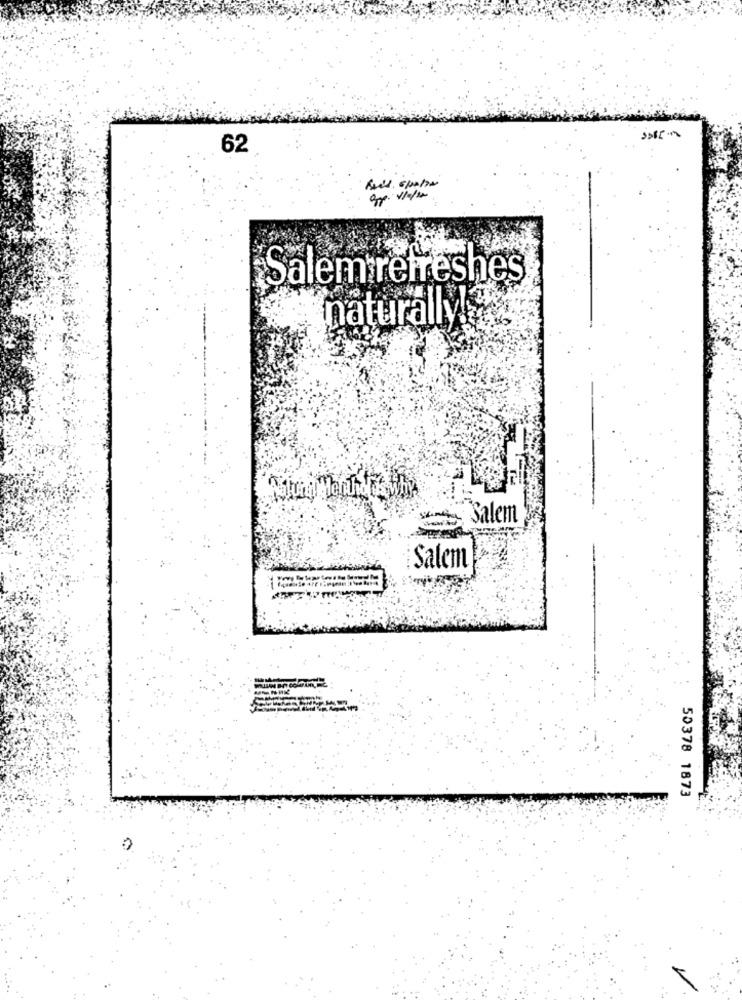
62
em refreshes
naturally!
Salem
Salem
50378 1873